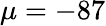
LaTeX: \mu=-87